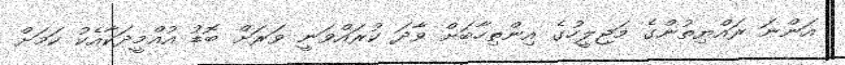
އަންނަ ރައްޔިތުންގެ މަޖިލީހުގެ އިންތިހާބަށް ވާދަ ކުރައްވަނީ ވަރަށް ބޮޑު އުއްމީދަކާއެކު ކަމަށް